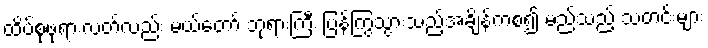
ထိပ်စုဖုရားလတ်လည်း မယ်တော် ဘုရားကြီး ပြန်ကြွသွားသည့်အချိန်ကစ၍ မည်သည့် သတင်းများ